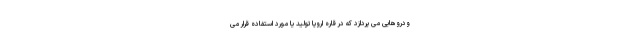
ودروهایی می پردازد که در قاره اروپا تولید یا مورد استفاده قرار می